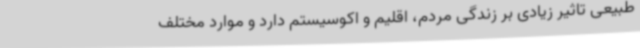
طبیعی تاثیر زیادی بر زندگی مردم، اقلیم و اکوسیستم دارد و موارد مختلف